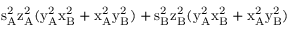
\mathrm { s _ { A } ^ { 2 } \mathrm { z _ { A } ^ { 2 } ( \mathrm { y _ { A } ^ { 2 } \mathrm { x _ { B } ^ { 2 } + \mathrm { x _ { A } ^ { 2 } \mathrm { y _ { B } ^ { 2 } ) + \mathrm { s _ { B } ^ { 2 } \mathrm { z _ { B } ^ { 2 } ( \mathrm { y _ { A } ^ { 2 } \mathrm { x _ { B } ^ { 2 } + \mathrm { x _ { A } ^ { 2 } \mathrm { y _ { B } ^ { 2 } ) } } } } } } } } } } } }